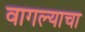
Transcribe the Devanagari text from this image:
वागल्याचा